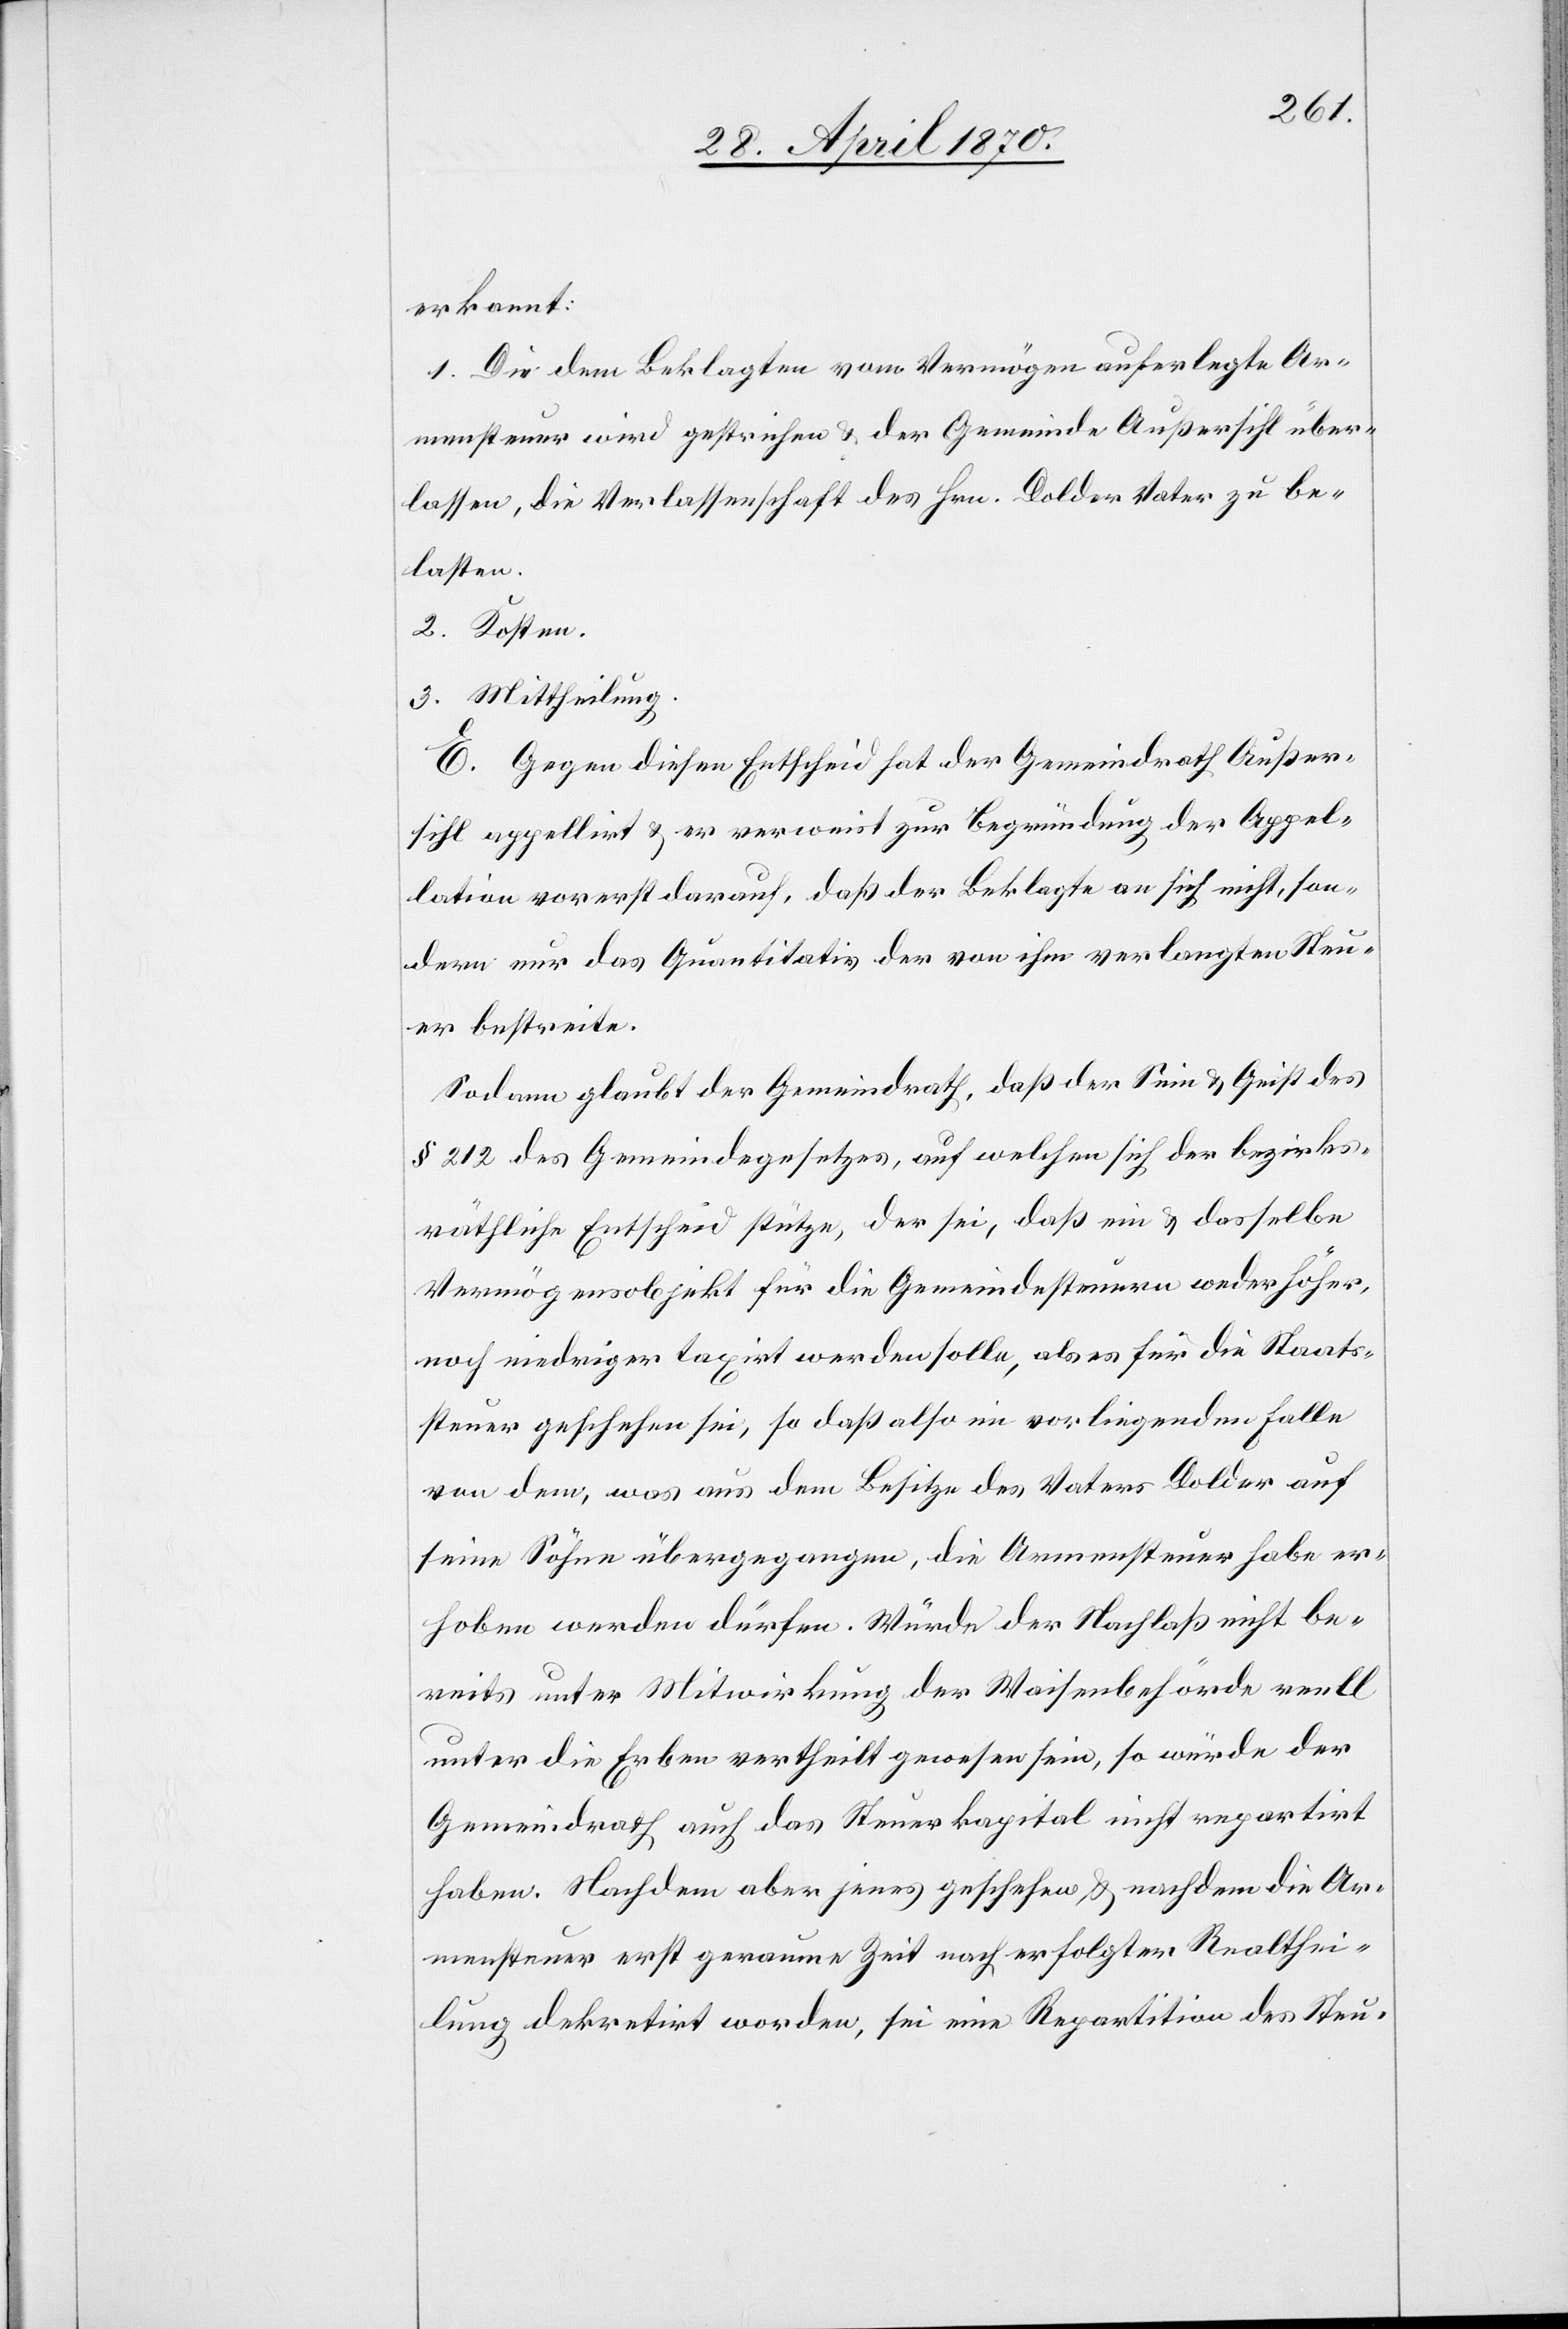
erkannt:
1. Die dem Beklagten vom Vermögen auferlegte Ar¬
mensteuer wird gestrichen & der Gemeinde Außersihl über¬
lassen, die Verlassenschaft des Hrn. Dolder Vater zu be¬
lasten.
2. Kosten.
3. Mittheilung.
E. Gegen diesen Entscheid hat der Gemeindrath Außer¬
sihl appellirt & er verweist zur Begründung der Appel¬
lation vorerst darauf, daß der Beklagte an sich nicht, son¬
dern nur das Quantitativ der von ihm verlangten Steu¬
er bestreite.
Sodann glaubt der Gemeindrath, daß der Sinn & Geist des
§ 212 des Gemeindegesetzes auf welchen sich der bezirks¬
räthliche Entscheid stütze, der sei, daß ein & dasselbe
Vermögensobjekt für die Gemeindesteuern weder höher,
noch niedriger taxirt werden solle, als es für die Staats¬
steuer geschehen sei, so daß also im vorliegenden Falle
von dem, was aus dem Besitze des Vaters Dolder auf
seine Söhne übergegangen, die Armensteuer habe er¬
hoben werden dürfen. Würde der Nachlaß nicht be¬
reits unter Mitwirkung der Waisenbehörde reell
unter die Erben vertheilt gewesen sein, so würde der
Gemeindrath auch das Steuerkapital nicht repartirt
haben. Nachdem aber jenes geschehen, & nachdem die Ar¬
mensteuer erst geraume Zeit nach erfolgter Realthei¬
lung dekretirt worden, sei eine Repartition des Steu-